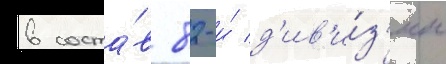
в соста́в 82-и́ д'ив'и́з'ии